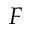
F